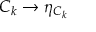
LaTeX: { \cal { C } } _ { k } \to \eta _ { { \cal { C } } _ { k } }